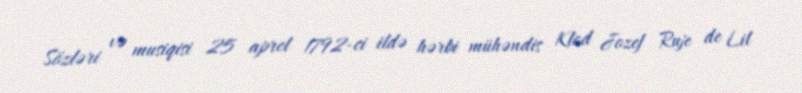
Sözləri və musiqisi 25 aprel 1792-ci ildə hərbi mühəndis Klod Jozef Ruje de Lil